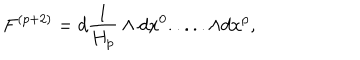
F ^ { ( p + 2 ) } = d { \frac { 1 } { H _ { p } } } \wedge d x ^ { 0 } . . . . . \wedge d x ^ { p } ,